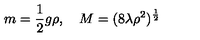
m = \frac 1 2 g \rho , \quad M = ( 8 \lambda \rho ^ { 2 } ) ^ { \frac 1 2 }